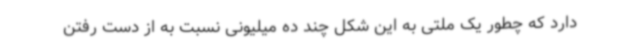
دارد که چطور یک ملتی به این شکل چند ده میلیونی نسبت به از دست رفتن